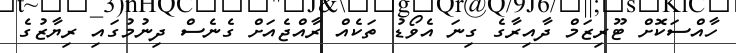
ހާއްސަކޮށް ޓޫރިޒަމް ދާއިރާގެ ގިނަ އެވޯޑު ތަކެއް ރާއްޖެއަށް ގެނެސް ދިނުމުގައި ރިޔާޒުގެ